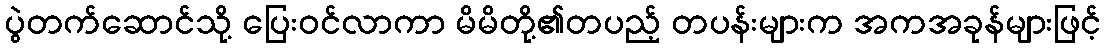
ပွဲတက်ဆောင်သို့ ပြေးဝင်လာကာ မိမိတို့၏တပည့် တပန်းများက အကအခုန်များဖြင့်